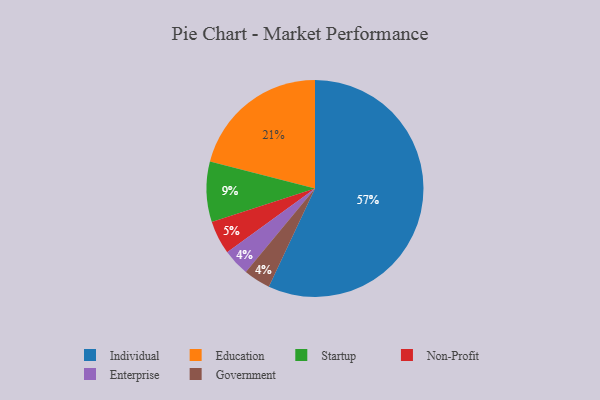
{"axis": {"x": "Category", "y": "Percentage"}, "legend": ["Education", "Enterprise", "Government", "Individual", "Non-Profit", "Startup"], "data": [{"x": "Non-Profit", "y": 5, "type": "Non-Profit"}, {"x": "Startup", "y": 9, "type": "Startup"}, {"x": "Individual", "y": 57, "type": "Individual"}, {"x": "Enterprise", "y": 4, "type": "Enterprise"}, {"x": "Government", "y": 4, "type": "Government"}, {"x": "Education", "y": 21, "type": "Education"}]}